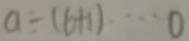
a \div ( 6 + 1 ) \cdots 0